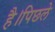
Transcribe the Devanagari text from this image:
है।पिछले